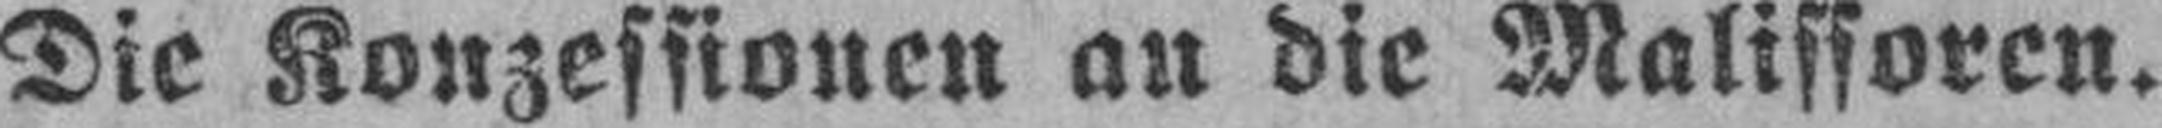
Die Konzessionen an die Malissoren.